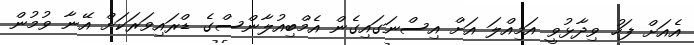
އެއަށް ފަހު ވިދާޅުވީ އަމިއްލަ އަށް އިސްނަގައިގެން އެމްބިއުލާންސްގެ ޑްރައިވަރަކަށް އޭނާ ވުމުން